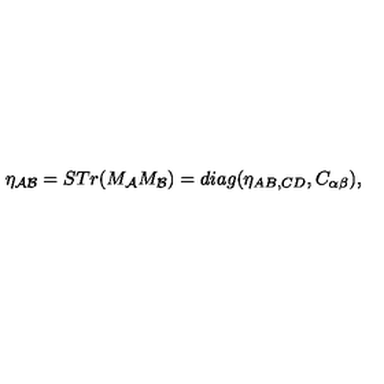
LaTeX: \eta _ { { \cal A B } } = S T r ( M _ { { \cal A } } M _ { { \cal B } } ) = d i a g ( \eta _ { A B , C D } , C _ { \alpha \beta } ) ,